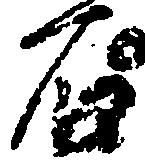
石